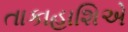
તાકાહાશિએ